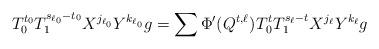
LaTeX: \begin{align*}T_0^{t_0} T_1^{s_{\ell_0} - t_0} X^{j_{\ell_0}} Y^{k_{\ell_0}} g = \sum \Phi'(Q^{t,\ell}) \hskip1pt T_0^{t} T_1^{s_{\ell} - t} X^{j_{\ell}} Y^{k_{\ell}} g\end{align*}